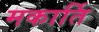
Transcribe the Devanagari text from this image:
मकार्ति